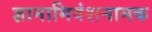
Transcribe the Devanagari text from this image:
ज्ञानामिवंशनामक